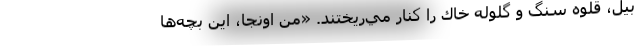
بيل، قلوه سنگ و گلوله خاك را كنار مي‌ريختند. «من اونجا، اين بچه‌ها